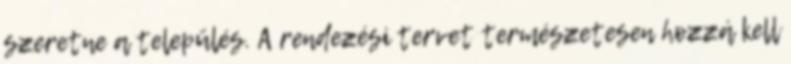
szeretne a település. A rendezési tervet természetesen hozzá kell